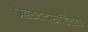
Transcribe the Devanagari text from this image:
ॠग्वेदसंहितेचे